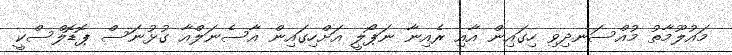
މައުލޫމާތު މުއްސަނދިވި ހިގައިން އާއި ރެއިނާ ނަޕޯލީ އަށްހިގައިން އާސެނަލްއާ ގުޅުނަސް ޕޮޑޮލްސްކީ